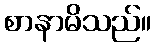
စာနာမိသည်။